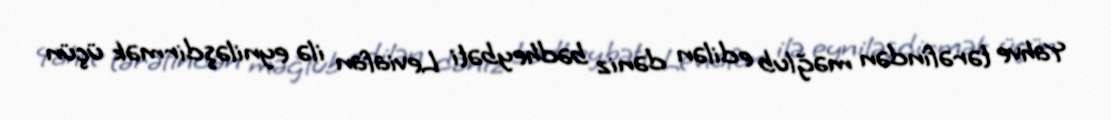
Yahve tərəfindən məğlub edilən dəniz bədheybəti Leviafan ilə eyniləşdirmək üçün